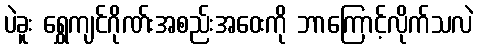
ပဲခူး ရွှေကျင်ဂိုဏ်းအစည်းအဝေးကို ဘာကြောင့်လိုက်သလဲ